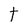
Character: T